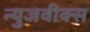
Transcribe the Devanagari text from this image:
न्युजवीक्स